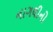
નાગલીનો